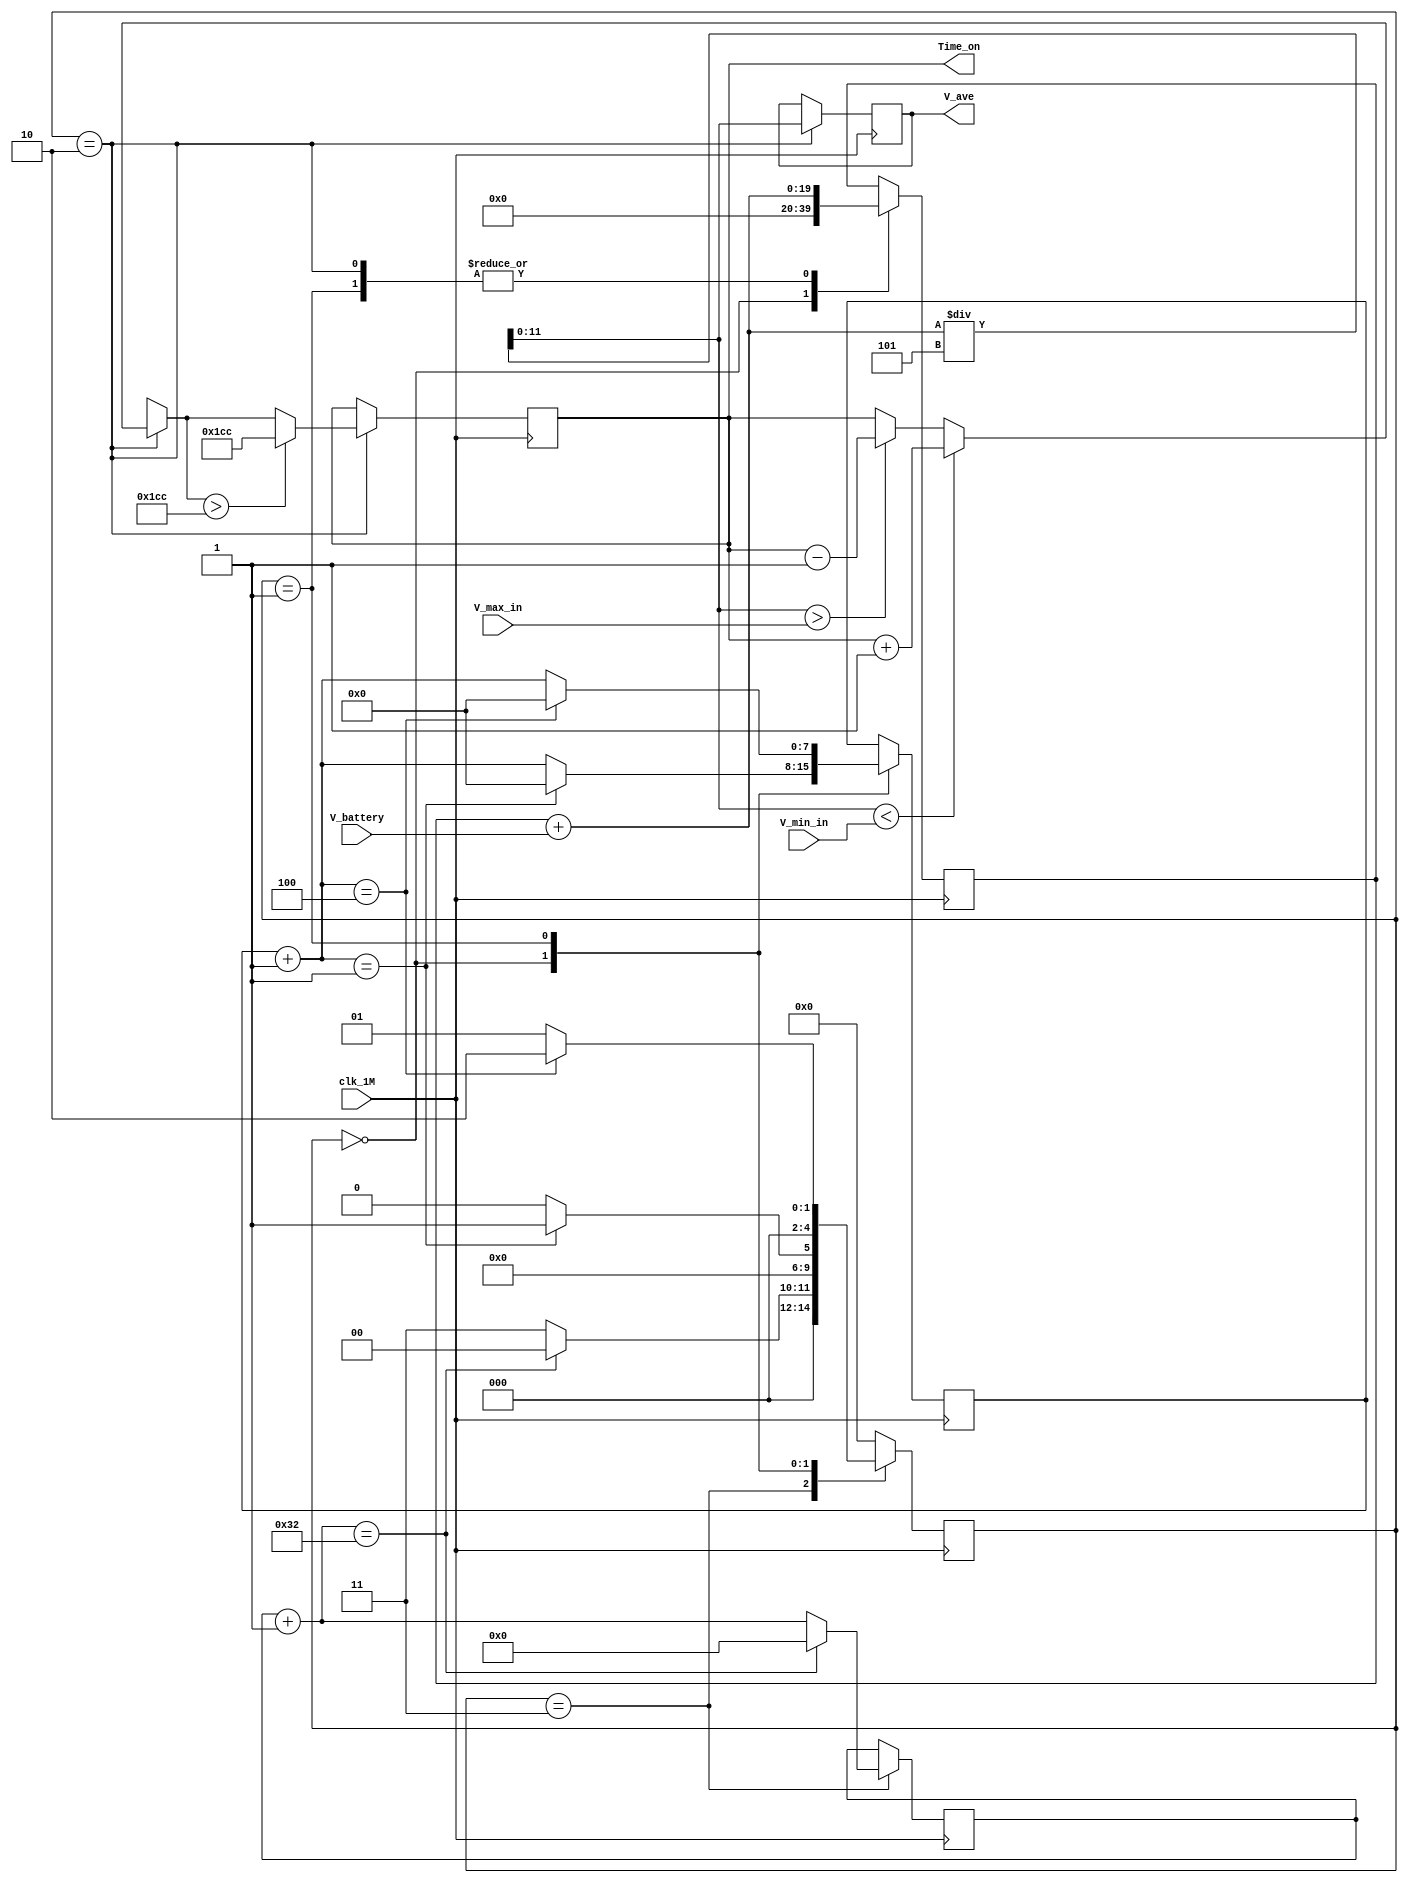
module average_fliter(clk_1M,V_battery,V_ave,Time_on,V_max_in,V_min_in);
//inout
input [11:0] V_battery;   //it should be V-out from buck
input clk_1M;
input [11:0] V_max_in;
input [11:0] V_min_in;
output reg [11:0] V_ave;
output reg [9:0]  Time_on=10'd288;
//
reg [4:0] state=5'b11;
reg [7:0] counter=8'b0;
reg [15:0] counter_waiting=16'b0;
reg [7:0] counter_check=8'b0;

reg [19:0]V_sum=16'b0;
wire [11:0]V_max;
wire [11:0]V_min;
assign V_max=V_max_in;
assign V_min=V_min_in;
//parameter
parameter idle=5'b00;  
parameter record_Vout=5'b01;
parameter deter_change_PWM=5'b10;
parameter waiting=5'b11;                   //the goal of the this state is at beginning we do not take the sample from the ADC until the output voltage get closed to the range
parameter check_correct=5'b111;
always @(posedge clk_1M )
	begin
       case(state)
       waiting:                                          // we do not change the PWM until it get closed to the c
       begin
               counter_waiting=counter_waiting+1'b1;
              if(counter_waiting==15'd50)
                begin 
                 counter_waiting=8'b0;    
                state<=idle;
                end
                else 
                state<=waiting;
       end
       idle:                            //initial the data and skip the possible error data
            begin
                V_sum=16'b0;
                counter=counter+1'b1;
                if(counter==8'd1)
                begin 
                 counter=8'b0;    
                state<=record_Vout;
                end
                else 
                state<=idle;
            end
       record_Vout:
       begin
            V_sum=V_sum+V_battery;
           counter=counter+1'b1;
                if(counter==8'd4)
                begin 
                 counter=8'b0;    
                state<=deter_change_PWM;
                end
                else 
                state<=record_Vout;
       end     
       deter_change_PWM:
       begin
            V_sum=V_sum+V_battery;
            V_ave=V_sum/5;
            if(V_ave<V_min)                 //2.35
            begin
                 Time_on=Time_on+1'b1;
            end
            else if(V_ave>V_max)            //2.55
            begin 
                   Time_on=Time_on-1'b1;
            end
            else if(((V_ave>V_min) && (V_ave<V_max)) || (V_ave==V_max) || (V_ave==V_min))
            begin
                 Time_on=Time_on;
            end
            if(Time_on>10'd460)
            begin
                 Time_on=10'd460;
            end
            state<=idle;
          /*  if(((V_ave>V_min) && (V_ave<V_max)) || (V_ave==V_max) || (V_ave==V_min))
            begin
                 state<=check_correct;
            end*/
       end
        /*check_correct:
        begin
             counter_check=counter_check+1'b1;
                if(counter_check==8'd15)
                begin 
                 counter_check=8'b0;    
                state<=idle;
                end
                else 
                state<=check_correct;
        end    */
       default:state<=idle;
       endcase
    end
endmodule